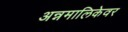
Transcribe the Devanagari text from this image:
अन्नमालिकेवर